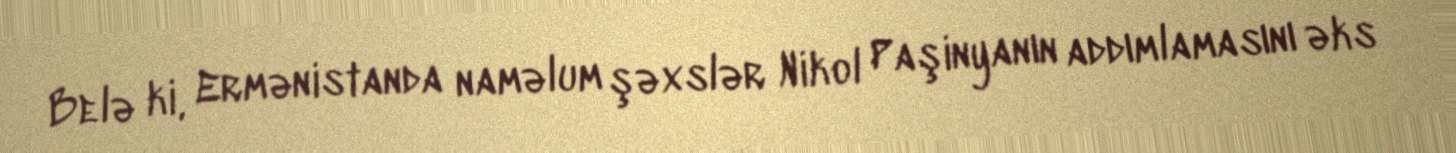
Belə ki, Ermənistanda naməlum şəxslər Nikol Paşinyanın addımlamasını əks